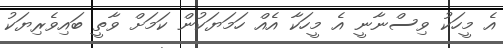
އެ މީހަކު ވިސްނާނީ އެ މީހަކާ އެއް ހަމަޔަކުން ކަމަށް ވާތީ ބައިވެރިޔަކު